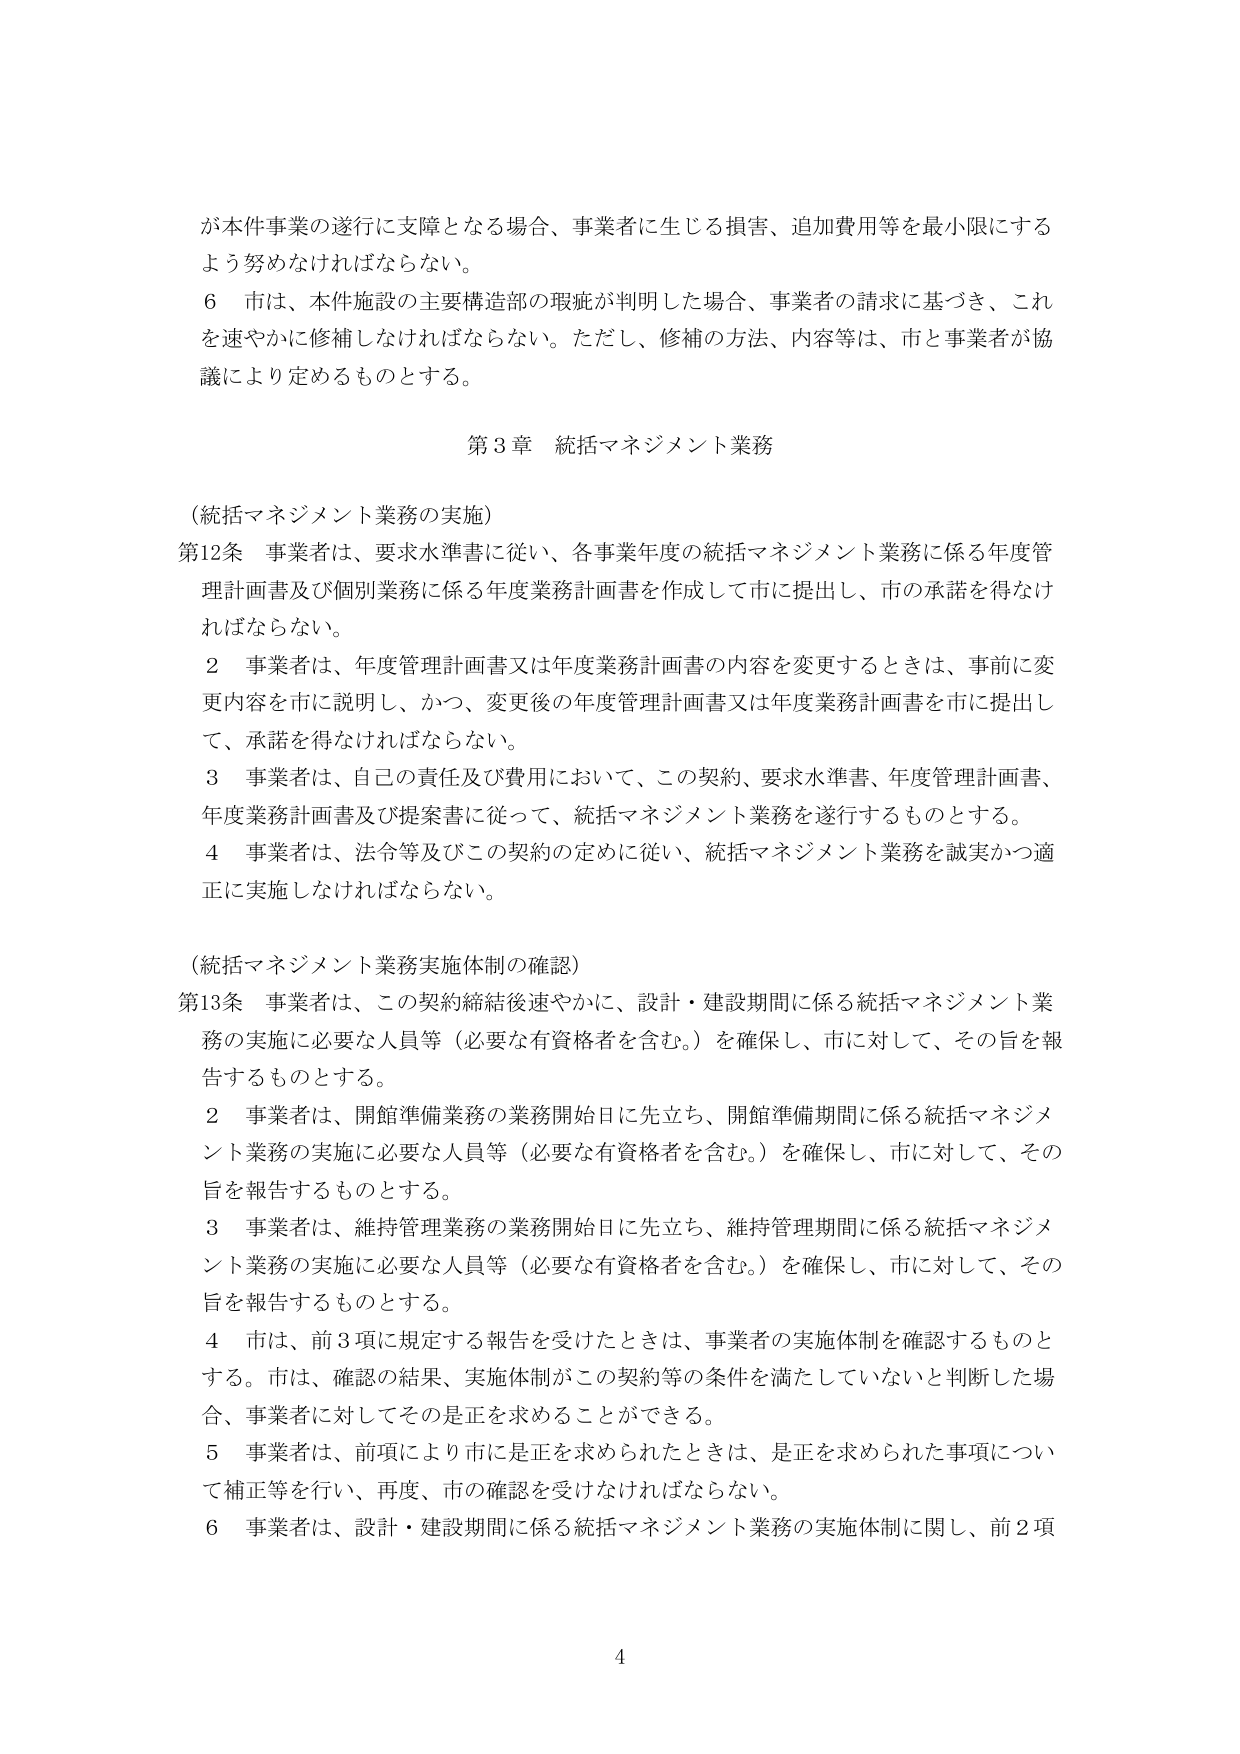
が本件事業の遂行に支障となる場合、事業者に生じる損害、追加費用等を最小限にするよう努めなければならない。

6 市は、本件施設の主要構造部の瑕疵が判明した場合、事業者の請求に基づき、これを速やかに修補しなければならない。ただし、修補の方法、内容等は、市と事業者が協議により定めるものとする。

第3章 統括マネジメント業務

（統括マネジメント業務の実施）

第12条 事業者は、要求水準書に従い、各事業年度の統括マネジメント業務に係る年度管理計画書及び個別業務に係る年度業務計画書を作成して市に提出し、市の承諾を得なければならない。

2 事業者は、年度管理計画書又は年度業務計画書の内容を変更するときは、事前に変更内容を市に説明し、かつ、変更後の年度管理計画書又は年度業務計画書を市に提出して、承諾を得なければならない。

3 事業者は、自己の責任及び費用において、この契約、要求水準書、年度管理計画書、年度業務計画書及び提案書に従って、統括マネジメント業務を遂行するものとする。

4 事業者は、法令等及びこの契約の定めに従い、統括マネジメント業務を誠実かつ適正に実施しなければならない。

（統括マネジメント業務実施体制の確認）

第13条 事業者は、この契約締結後速やかに、設計・建設期間に係る統括マネジメント業務の実施に必要な人員等（必要な有資格者を含む。）を確保し、市に対して、その旨を報告するものとする。

2 事業者は、開館準備業務の業務開始日に先立ち、開館準備期間に係る統括マネジメント業務の実施に必要な人員等（必要な有資格者を含む。）を確保し、市に対して、その旨を報告するものとする。

3 事業者は、維持管理業務の業務開始日に先立ち、維持管理期間に係る統括マネジメント業務の実施に必要な人員等（必要な有資格者を含む。）を確保し、市に対して、その旨を報告するものとする。

4 市は、前3項に規定する報告を受けたときは、事業者の実施体制を確認するものとする。市は、確認の結果、実施体制がこの契約等の条件を満たしていないと判断した場合、事業者に対してその是正を求めることができる。

5 事業者は、前項により市に是正を求められたときは、是正を求められた事項について補正等を行い、再度、市の確認を受けなければならない。

6 事業者は、設計・建設期間に係る統括マネジメント業務の実施体制に関し、前2項

4